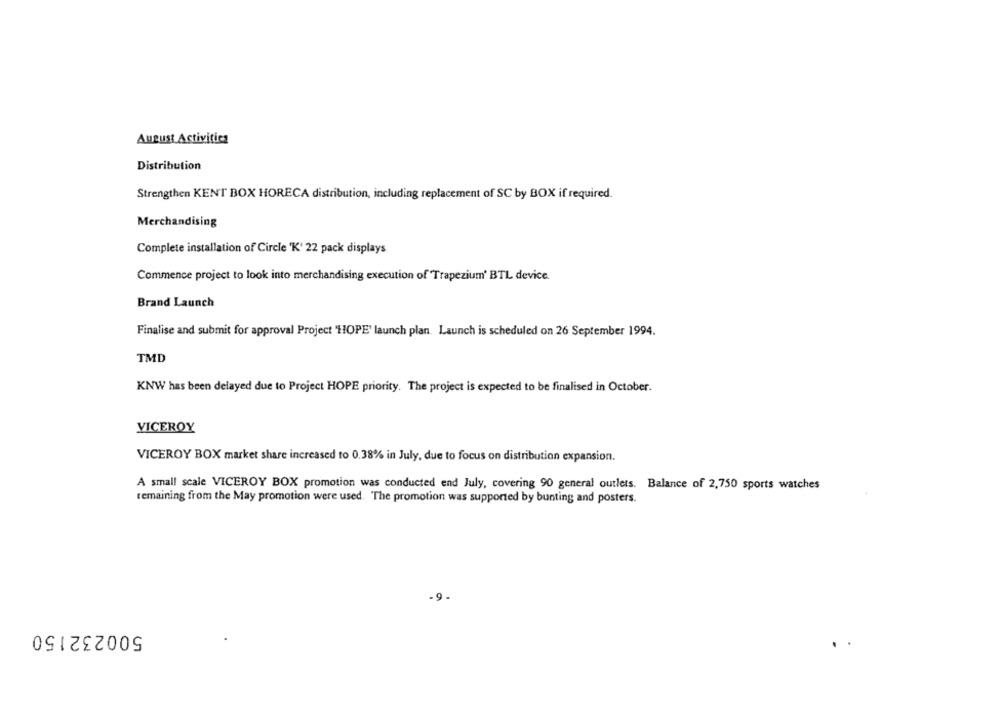
August Activities
Distribution
Strengthen KENT BOX HORECA distribution, including replacement of SC by BOX if required.
Merchandising
Complete installation of Circle 'K' 22 pack displays
Commence project to look into merchandising execution of Trapezium' BTL device.
Brand Launch
Finalise and submit for approval Project "HOPE' launch plan. Launch is scheduled on 26 September 1994.
TMD
KNW has been delayed due to Project HOPE priority. The project is expected to be finalised in October.
VICEROY
VICEROY BOX market share increased to 0.38% in July, due to focus on distribution expansion.
A small scale VICEROY BOX promotion was conducted end July, covering 90 general outlets. Balance of 2,750 sports watches
remaining from the May promotion were used. The promotion was supported by bunting and posters.
500232150